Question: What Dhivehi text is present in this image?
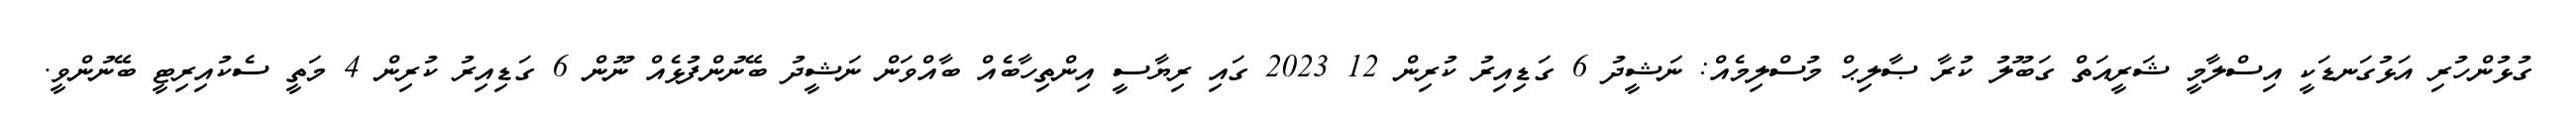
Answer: ގުޅުންހުރި އަޅުގަނޑަކީ އިސްލާމީ ޝަރީއަތް ގަބޫލު ކުރާ ޞާލިޙް މުސްލިމެއް: ނަޝީދު 6 ގަޑިއިރު ކުރިން 12 2023 ގައި ރިޔާސީ އިންތިހާބެއް ބާއްވަން ނަޝީދު ބޭނުންފުޅެއް ނޫން 6 ގަޑިއިރު ކުރިން 4 މަތީ ސެކުއިރިޓީ ބޭނުންވީ.